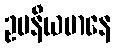
ဥပနီယမာနေ